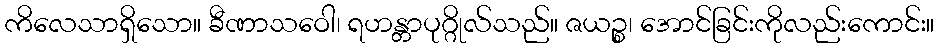
ကိလေသာရှိသော။ ခီဏာသဝေါ၊ ရဟန္တာပုဂ္ဂိုလ်သည်။ ဇယဉ္စ၊ အောင်ခြင်းကိုလည်းကောင်း။